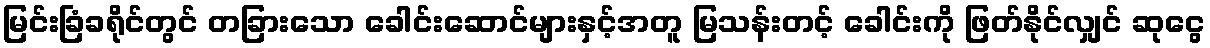
မြင်းခြံခရိုင်တွင် တခြားသော ခေါင်းဆောင်များနှင့်အတူ မြသန်းတင့် ခေါင်းကို ဖြတ်နိုင်လျှင် ဆုငွေ